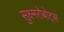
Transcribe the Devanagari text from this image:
सुक्ष्मरोबोट्स